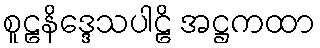
စူဠနိဒ္ဒေသပါဠိ အဋ္ဌကထာ